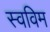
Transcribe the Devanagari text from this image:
स्वविम